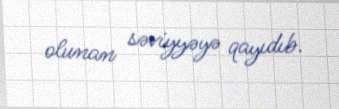
olunan səviyyəyə qayıdıb.